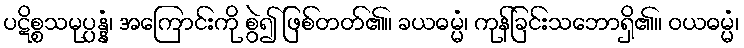
ပဋိစ္စသမုပ္ပန္နံ၊ အကြောင်းကို စွဲ၍ ဖြစ်တတ်၏။ ခယဓမ္မံ၊ ကုန်ခြင်းသဘောရှိ၏။ ဝယဓမ္မံ၊